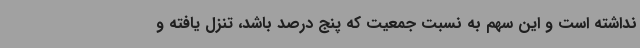
نداشته است و این سهم به نسبت جمعیت که پنج درصد باشد، تنزل یافته و